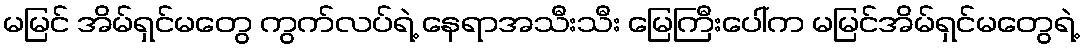
မမြင် အိမ်ရှင်မတွေ ကွက်လပ်ရဲ့ နေရာအသီးသီး မြေကြီးပေါ်က မမြင်အိမ်ရှင်မတွေရဲ့